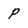
Character: p